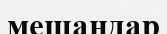
мещандар